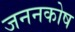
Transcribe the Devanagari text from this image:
जननकोष